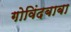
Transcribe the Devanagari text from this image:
गोविंदबाबा